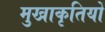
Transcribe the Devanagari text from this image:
मुखाकृतियों